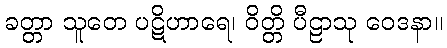
ခတ္တာ သူတေ ပဋိဟာရေ၊ ဝိတ္တိ ပီဠာသု ဝေဒနာ။